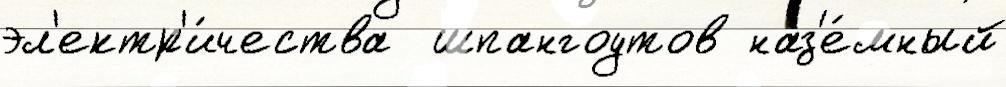
эл'ектр'и́чества  шпангоутов наз'е́мный